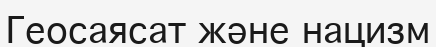
Геосаясат және нацизм